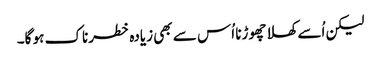
لیکن اُسے کھلا چھوڑنا اُس سے بھی زیادہ خطرناک ہو گا۔